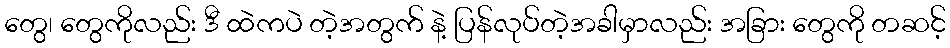
တွေ၊ တွေကိုလည်း ဒီ ထဲကပဲ တဲ့အတွက် နဲ့ ပြန်လုပ်တဲ့အခါမှာလည်း အခြား တွေကို တဆင့်